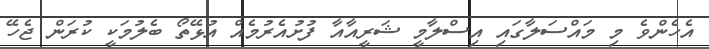
އެހެންވެ މި މައްސަލާގައި އިސްލާމީ ޝަރީއާއާ ފުށުއެރުމެއް އުޅޭތޯ ބެލުމަކީ ކުރަން ޖެހޭ